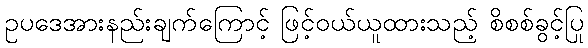
ဥပဒေအားနည်းချက်ကြောင့် ဖြင့်ဝယ်ယူထားသည့် စိစစ်ခွင့်ပြု